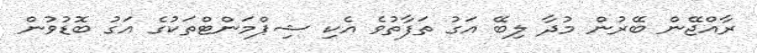
ރާއްޖޭން ބޭރުން މުދާ ލިބޭ އަގު ތަފާތުވެ އެކި ޝިޕްމަންޓްތަކުގެ އަގު ބޮޑުވުން